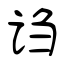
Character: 诌